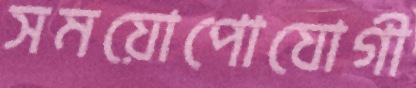
সময়োপোযোগী